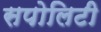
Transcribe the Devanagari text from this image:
सपोलिटी